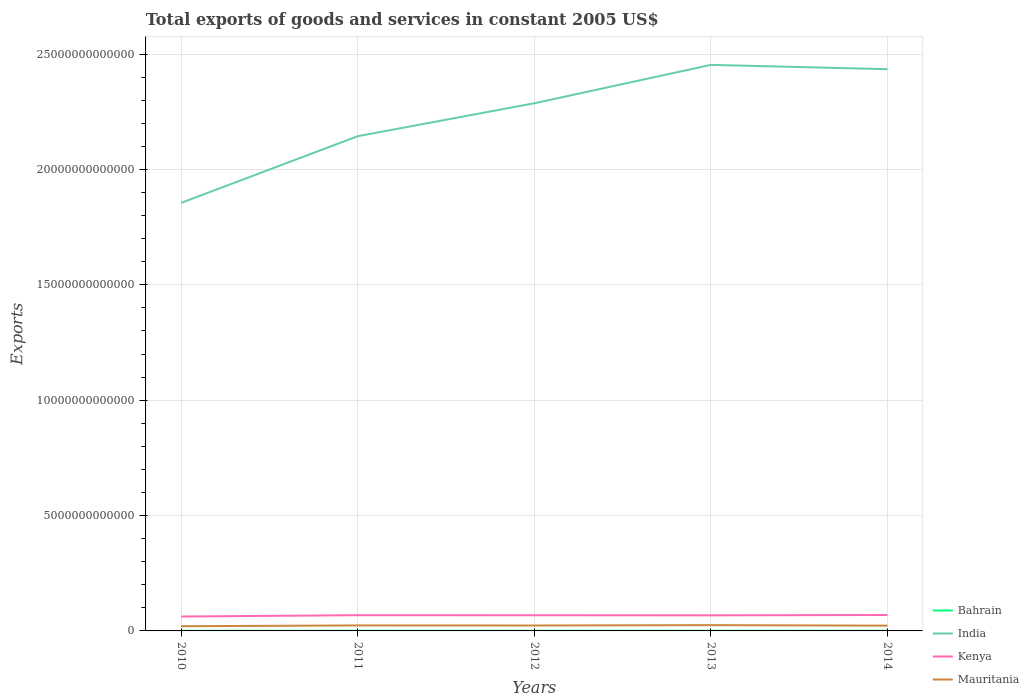
| Years | Bahrain | India | Kenya | Mauritania |
 | --- | --- | --- | --- | --- |
 | 2010 | 6.72e+09 | 1.86e+13 | 6.24e+11 | 2.04e+11 |
 | 2011 | 6.64e+09 | 2.14e+13 | 6.82e+11 | 2.38e+11 |
 | 2012 | 6.43e+09 | 2.29e+13 | 6.79e+11 | 2.35e+11 |
 | 2013 | 7e+09 | 2.45e+13 | 6.75e+11 | 2.5e+11 |
 | 2014 | 7.03e+09 | 2.43e+13 | 6.91e+11 | 2.28e+11 |